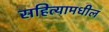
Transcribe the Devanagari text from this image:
सहित्यामधील